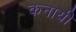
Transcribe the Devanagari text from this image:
कनायी